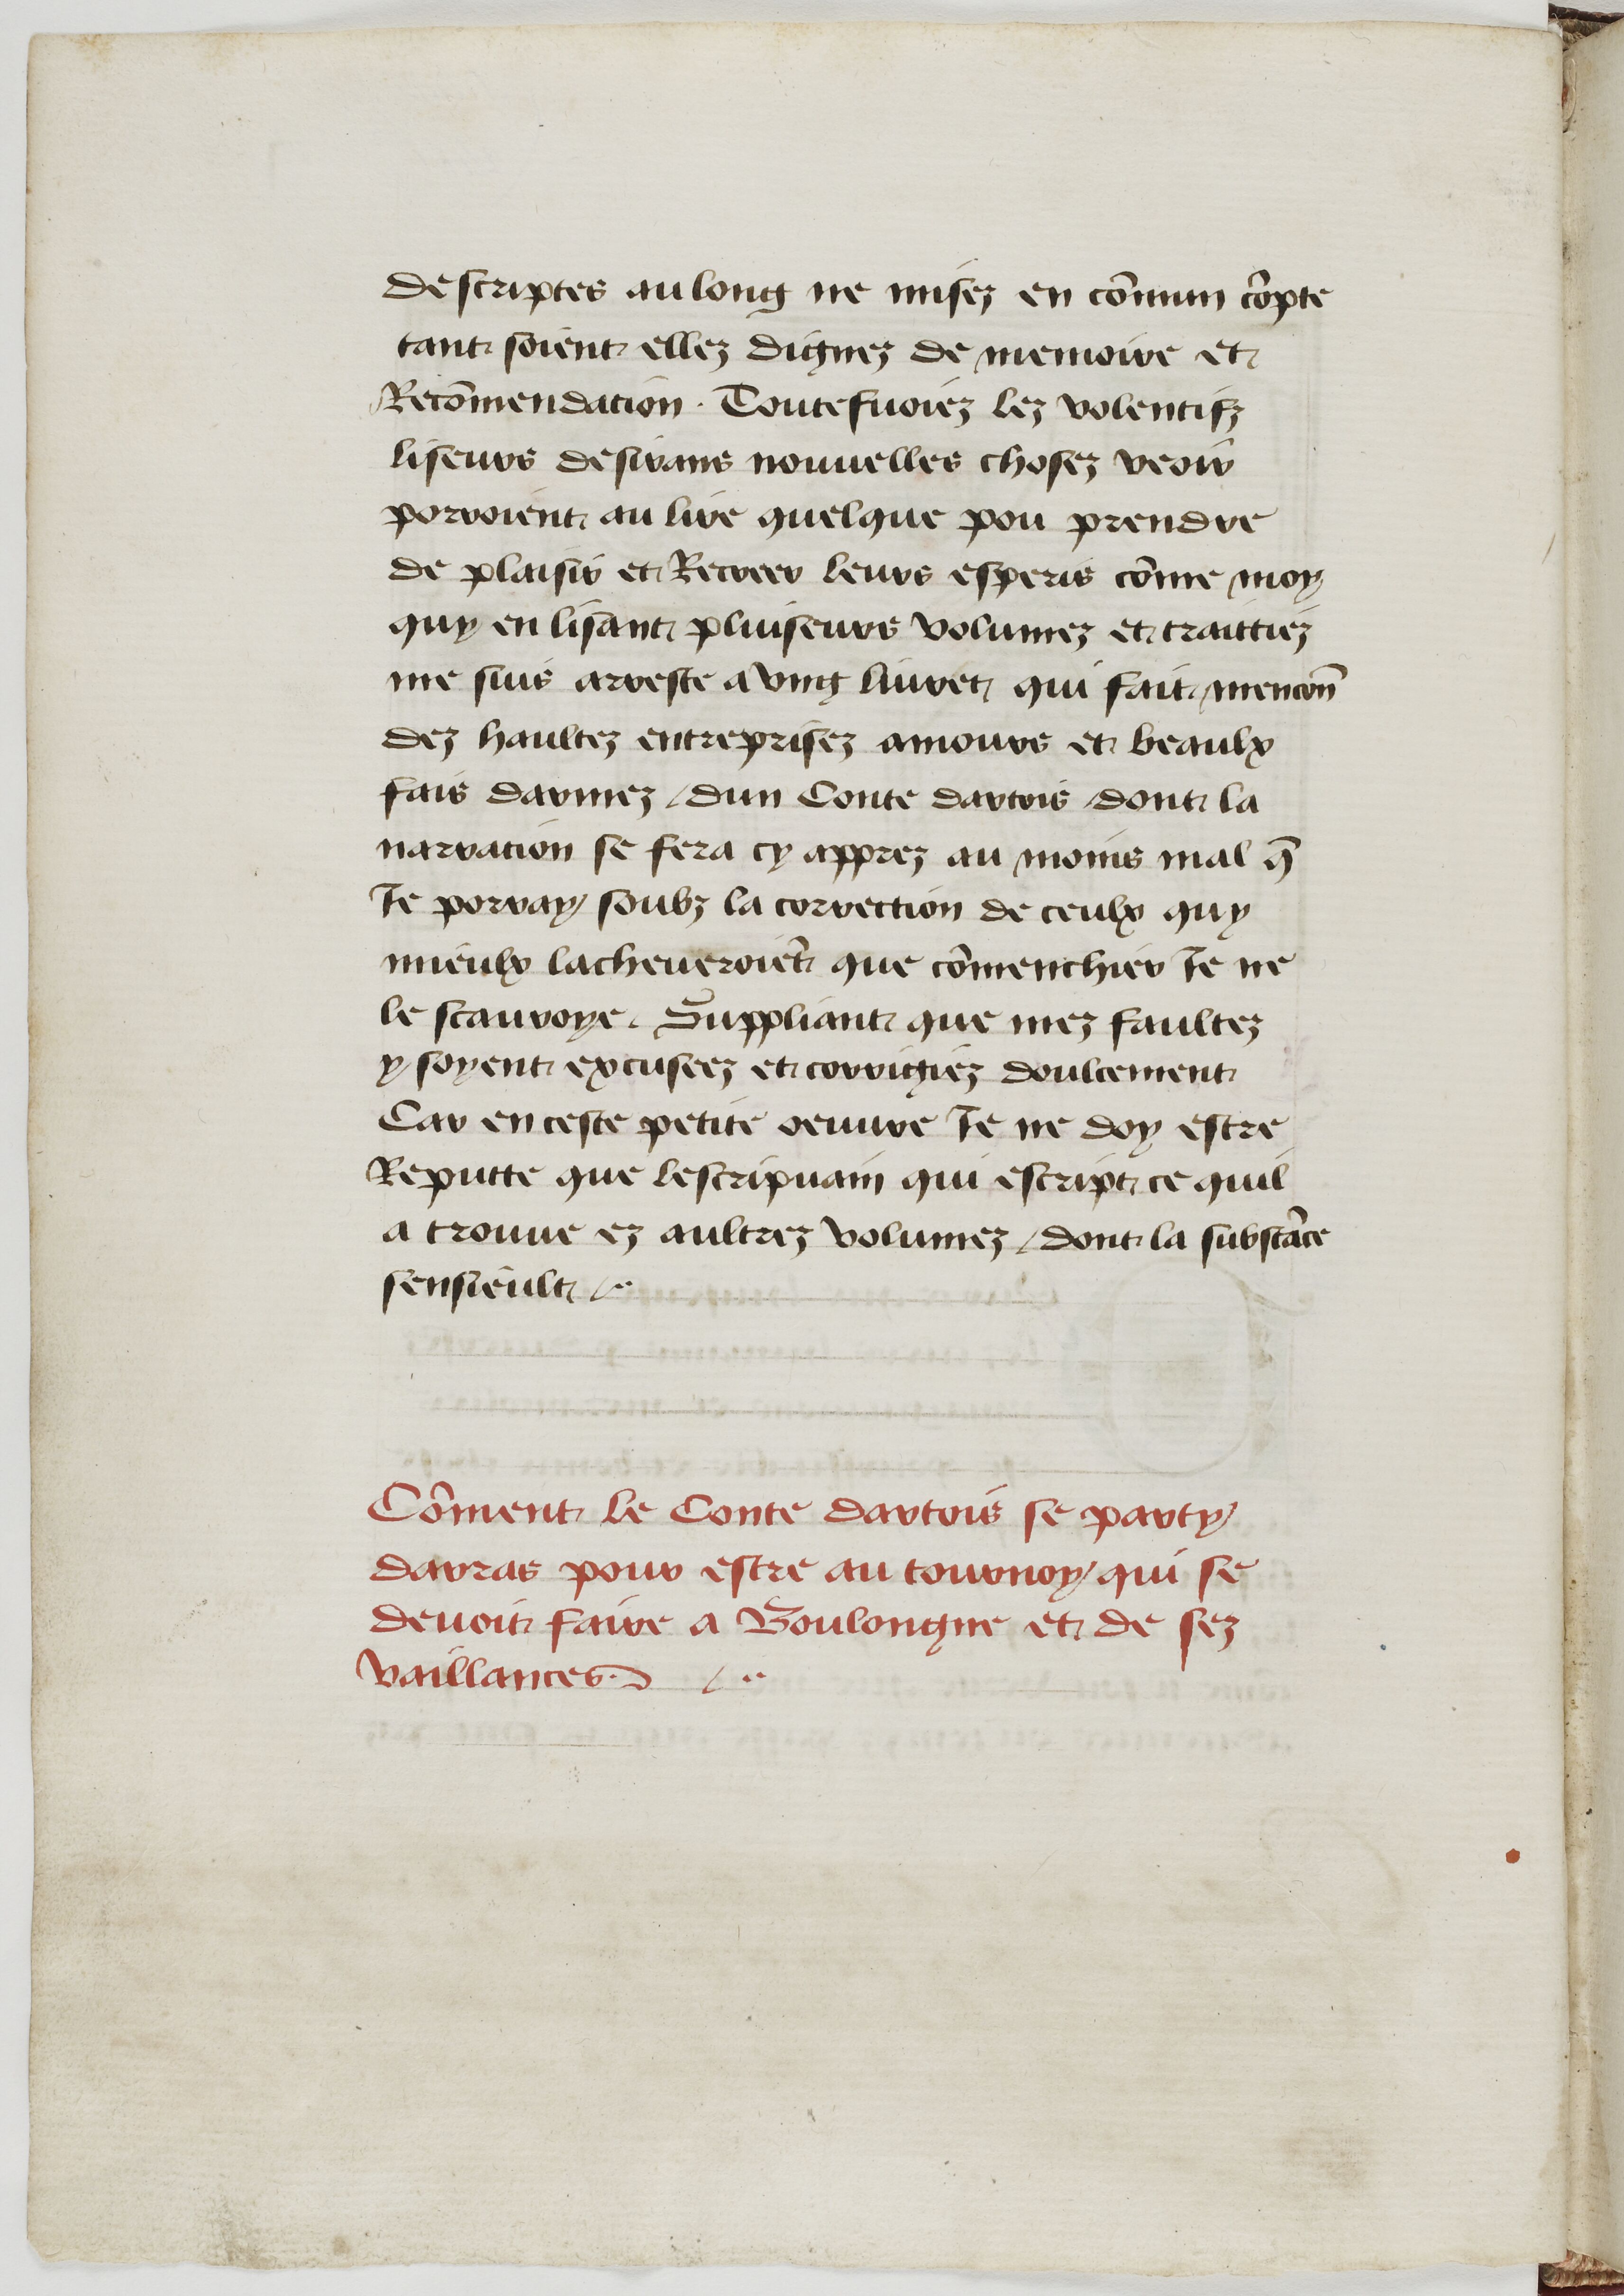
Shelfmark: Paris, BnF, fr. 11610
Century: 15